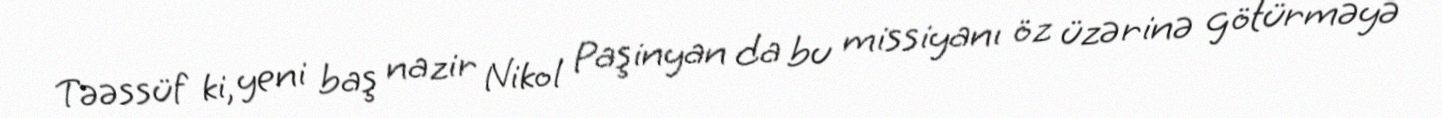
Təəssüf ki, yeni baş nazir Nikol Paşinyan da bu missiyanı öz üzərinə götürməyə